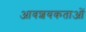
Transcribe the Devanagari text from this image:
आवशयकताओं